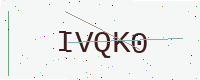
Text: IVQK0